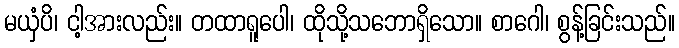
မယှံပိ၊ ငါ့အားလည်း။ တထာရူပေါ၊ ထိုသို့သဘောရှိသော။ စာဂေါ၊ စွန့်ခြင်းသည်။